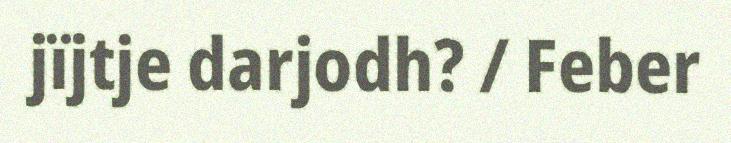
jïjtje darjodh? / Feber